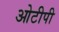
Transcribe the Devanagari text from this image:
ओटीपी